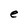
Character: e